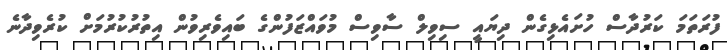
ފުރަތަމަ ކަރުދާސް ހުށައެޅިގެން ދިޔައީ ސިވިލް ސާވިސް މުވައްޒަފުންގެ ބައިވެރިވުން އިތުރުކުރުމަށް ކުރެވިދާނެ